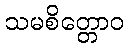
သမစိတ္တောဝ